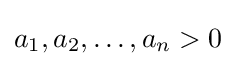
a_{1},a_{2},\dots ,a_{n}>0